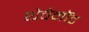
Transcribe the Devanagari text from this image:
थेवेनॉट